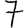
Digit: 7